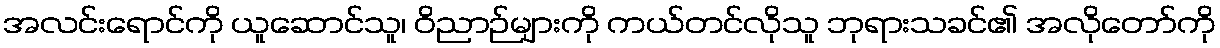
အလင်းရောင်ကို ယူဆောင်သူ၊ ဝိညာဉ်များကို ကယ်တင်လိုသူ ဘုရားသခင်၏ အလိုတော်ကို